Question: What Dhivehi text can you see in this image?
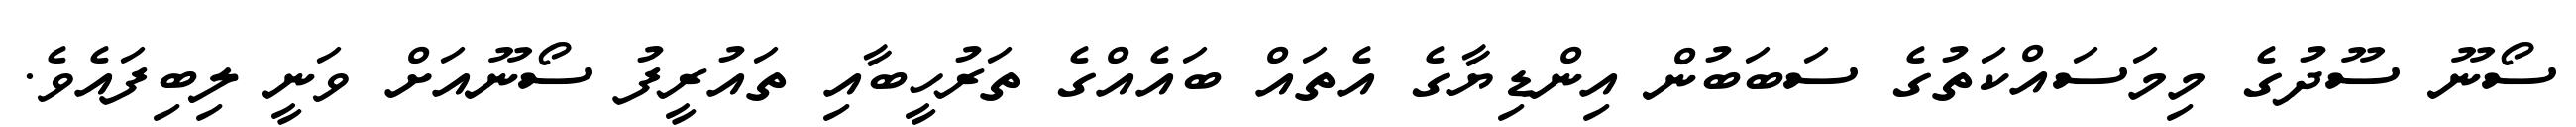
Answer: ސޯނޫ ސޫދުގެ މިމަސައްކަތުގެ ސަބަބުން އިންޑިޔާގެ އެތައް ބައެއްގެ ތަރުހީބާއި ތައުރީފު ސޯނޫއަށް ވަނީ ލިބިފައެވެ.